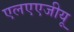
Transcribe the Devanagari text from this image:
एलएएजीयू